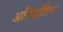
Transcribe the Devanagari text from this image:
अरिस्टॉटिल्स